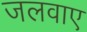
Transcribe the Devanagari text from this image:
जलवाए